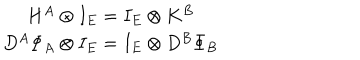
LaTeX: \begin{array} { c } { { H ^ { A } \otimes I _ { E } = I _ { E } \otimes K ^ { B } } } \\ { { D ^ { A } \Phi _ { A } \otimes I _ { E } = I _ { E } \otimes D ^ { B } \Phi _ { B } } } \\ \end{array}